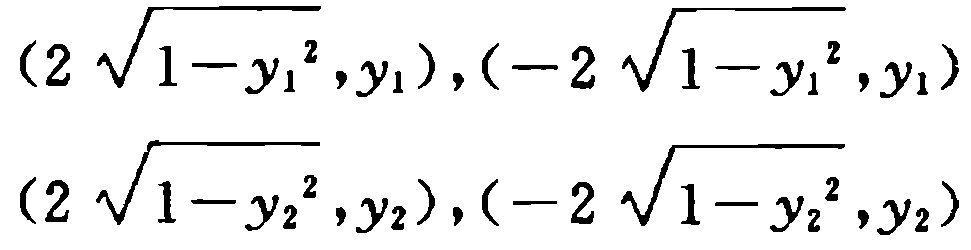
\((2\sqrt{1 - y_1^2},y_1),(-2\sqrt{1 - y_1^2},y_1)\)

\((2\sqrt{1 - y_2^2},y_2),(-2\sqrt{1 - y_2^2},y_2)\)